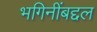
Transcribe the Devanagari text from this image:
भगिनींबद्दल